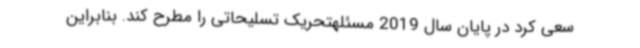
سعی کرد در پایان سال 2019 مسئلهتحریک تسلیحاتی را مطرح کند. بنابراین